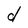
Character: d